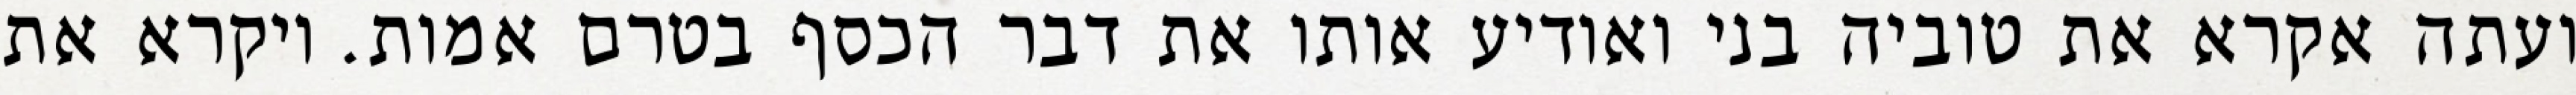
ועתה אקרא את טוביה בני ואודיע אותו את דבר הכסף בטרם אמות. ויקרא את